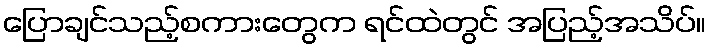
ပြောချင်သည့်စကားတွေက ရင်ထဲတွင် အပြည့်အသိပ်။